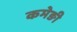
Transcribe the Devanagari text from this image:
कमेङी